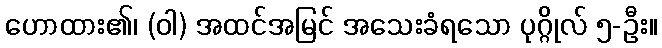
ဟောထား၏၊ (ဝါ) အထင်အမြင် အသေးခံရသော ပုဂ္ဂိုလ် ၅-ဦး။